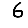
Digit: 6